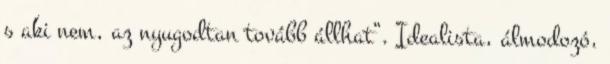
s aki nem, az nyugodtan tovább állhat”. Idealista, álmodozó,